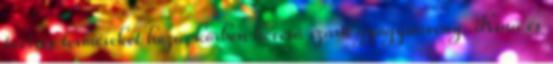
tövises terméseket hozó, körben heverő szárú gyógynövény. Kína és